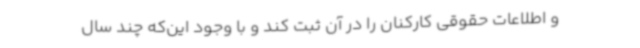
و اطلاعات حقوقی کارکنان را در آن ثبت کند و با وجود این‌که چند سال